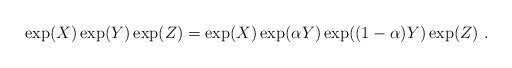
\begin{align*}\exp(X)\exp(Y)\exp(Z)=\exp(X)\exp({\alpha Y})\exp({(1-\alpha)Y})\exp(Z) \ .\end{align*}